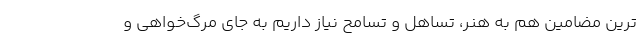
ترین مضامین هم به هنر، تساهل و تسامح نیاز داریم به جای مرگ‌خواهی و